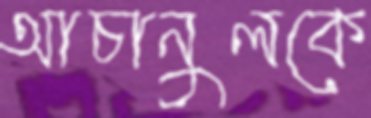
আচানুলকে